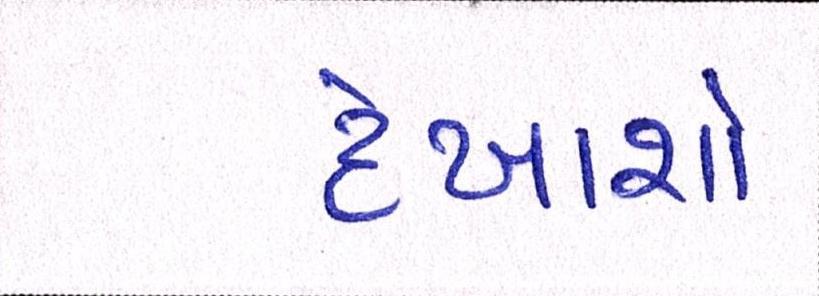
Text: દેખાશો